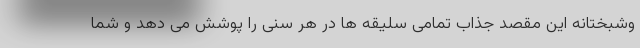
وشبختانه این مقصد جذاب تمامی سلیقه ها در هر سنی را پوشش می دهد و شما